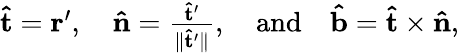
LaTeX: \begin{array}{r}{\mathbf{\hat{t}}=\mathbf{r^{\prime}},\quad\mathbf{\hat{n}}=\frac{\mathbf{\hat{t}^{\prime}}}{\lVert\mathbf{\hat{t}^{\prime}}\rVert},\quad\textrm{and}\quad\mathbf{\hat{b}}=\mathbf{\hat{t}}\times\mathbf{\hat{n}},}\end{array}